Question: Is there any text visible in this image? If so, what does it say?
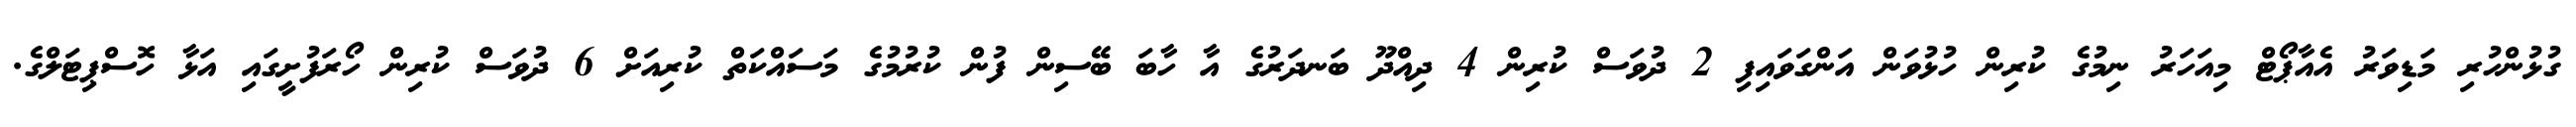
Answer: ގުޅުންހުރި މަޑިވަރު އެއާޕޯޓް މިއަހަރު ނިމުގެ ކުރިން ހުޅުވަން އަންގަވައިފި 2 ދުވަސް ކުރިން 4 ދިއްދޫ ބަނދަރުގެ އާ ހާބަ ބޭސިން ފުން ކުރުމުގެ މަސައްކަތް ކުރިއަށް 6 ދުވަސް ކުރިން ހޯރަފުށީގައި އަޅާ ހޮސްޕިޓަލްގެ.